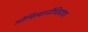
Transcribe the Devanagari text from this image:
औचित्यानौचित्याचा